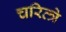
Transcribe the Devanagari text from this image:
चरित्त्रे